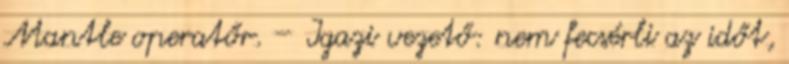
Mantle operatőr. – Igazi vezető: nem fecsérli az időt,